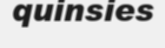
quinsies